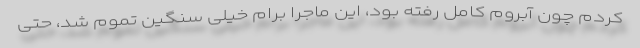
کردم چون آبروم کامل رفته بود، این ماجرا برام خیلی سنگین تموم شد، حتی